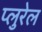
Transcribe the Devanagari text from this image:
प्लुरेल